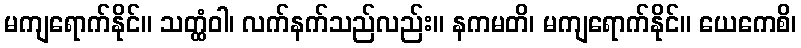
မကျရောက်နိုင်။ သတ္ထံဝါ၊ လက်နက်သည်လည်း။ နကမတိ၊ မကျရောက်နိုင်။ ယေကေစိ၊